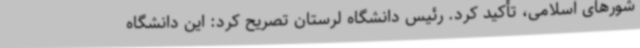
شورهای اسلامی، تأکید کرد. رئیس دانشگاه لرستان تصریح کرد: این دانشگاه